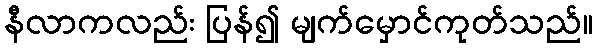
နီလာကလည်း ပြန်၍ မျက်မှောင်ကုတ်သည်။